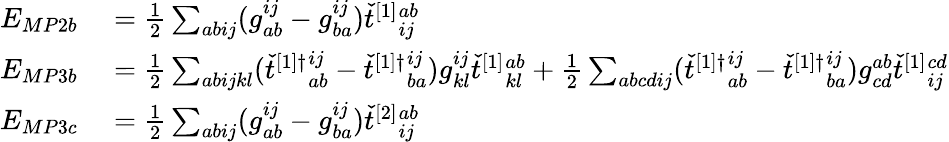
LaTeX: \begin{array}{rl}{E_{MP2b}}&{{}=\frac{1}{2}\sum_{abij}(g_{ab}^{ij}-g_{ba}^{ij})\check{t}^{[1]}{}_{ij}^{ab}}\\ {E_{MP3b}}&{{}=\frac{1}{2}\sum_{abijkl}(\check{t}^{[1]\dagger}{}_{ab}^{ij}-\check{t}^{[1]\dagger}{}_{ba}^{ij})g_{kl}^{ij}\check{t}^{[1]}{}_{kl}^{ab}+\frac{1}{2}\sum_{abcdij}(\check{t}^{[1]\dagger}{}_{ab}^{ij}-\check{t}^{[1]\dagger}{}_{ba}^{ij})g_{cd}^{ab}\check{t}^{[1]}{}_{ij}^{cd}}\\ {E_{MP3c}}&{{}=\frac{1}{2}\sum_{abij}(g_{ab}^{ij}-g_{ba}^{ij})\check{t}^{[2]}{}_{ij}^{ab}}\end{array}